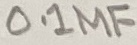
Text: 0,1µF